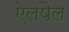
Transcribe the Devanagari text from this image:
ऐलपैल